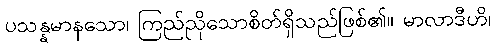
ပသန္နမာနသော၊ ကြည်ညိုသောစိတ်ရှိသည်ဖြစ်၏။ မာလာဒီဟိ၊